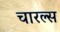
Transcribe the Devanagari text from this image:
चारल्स